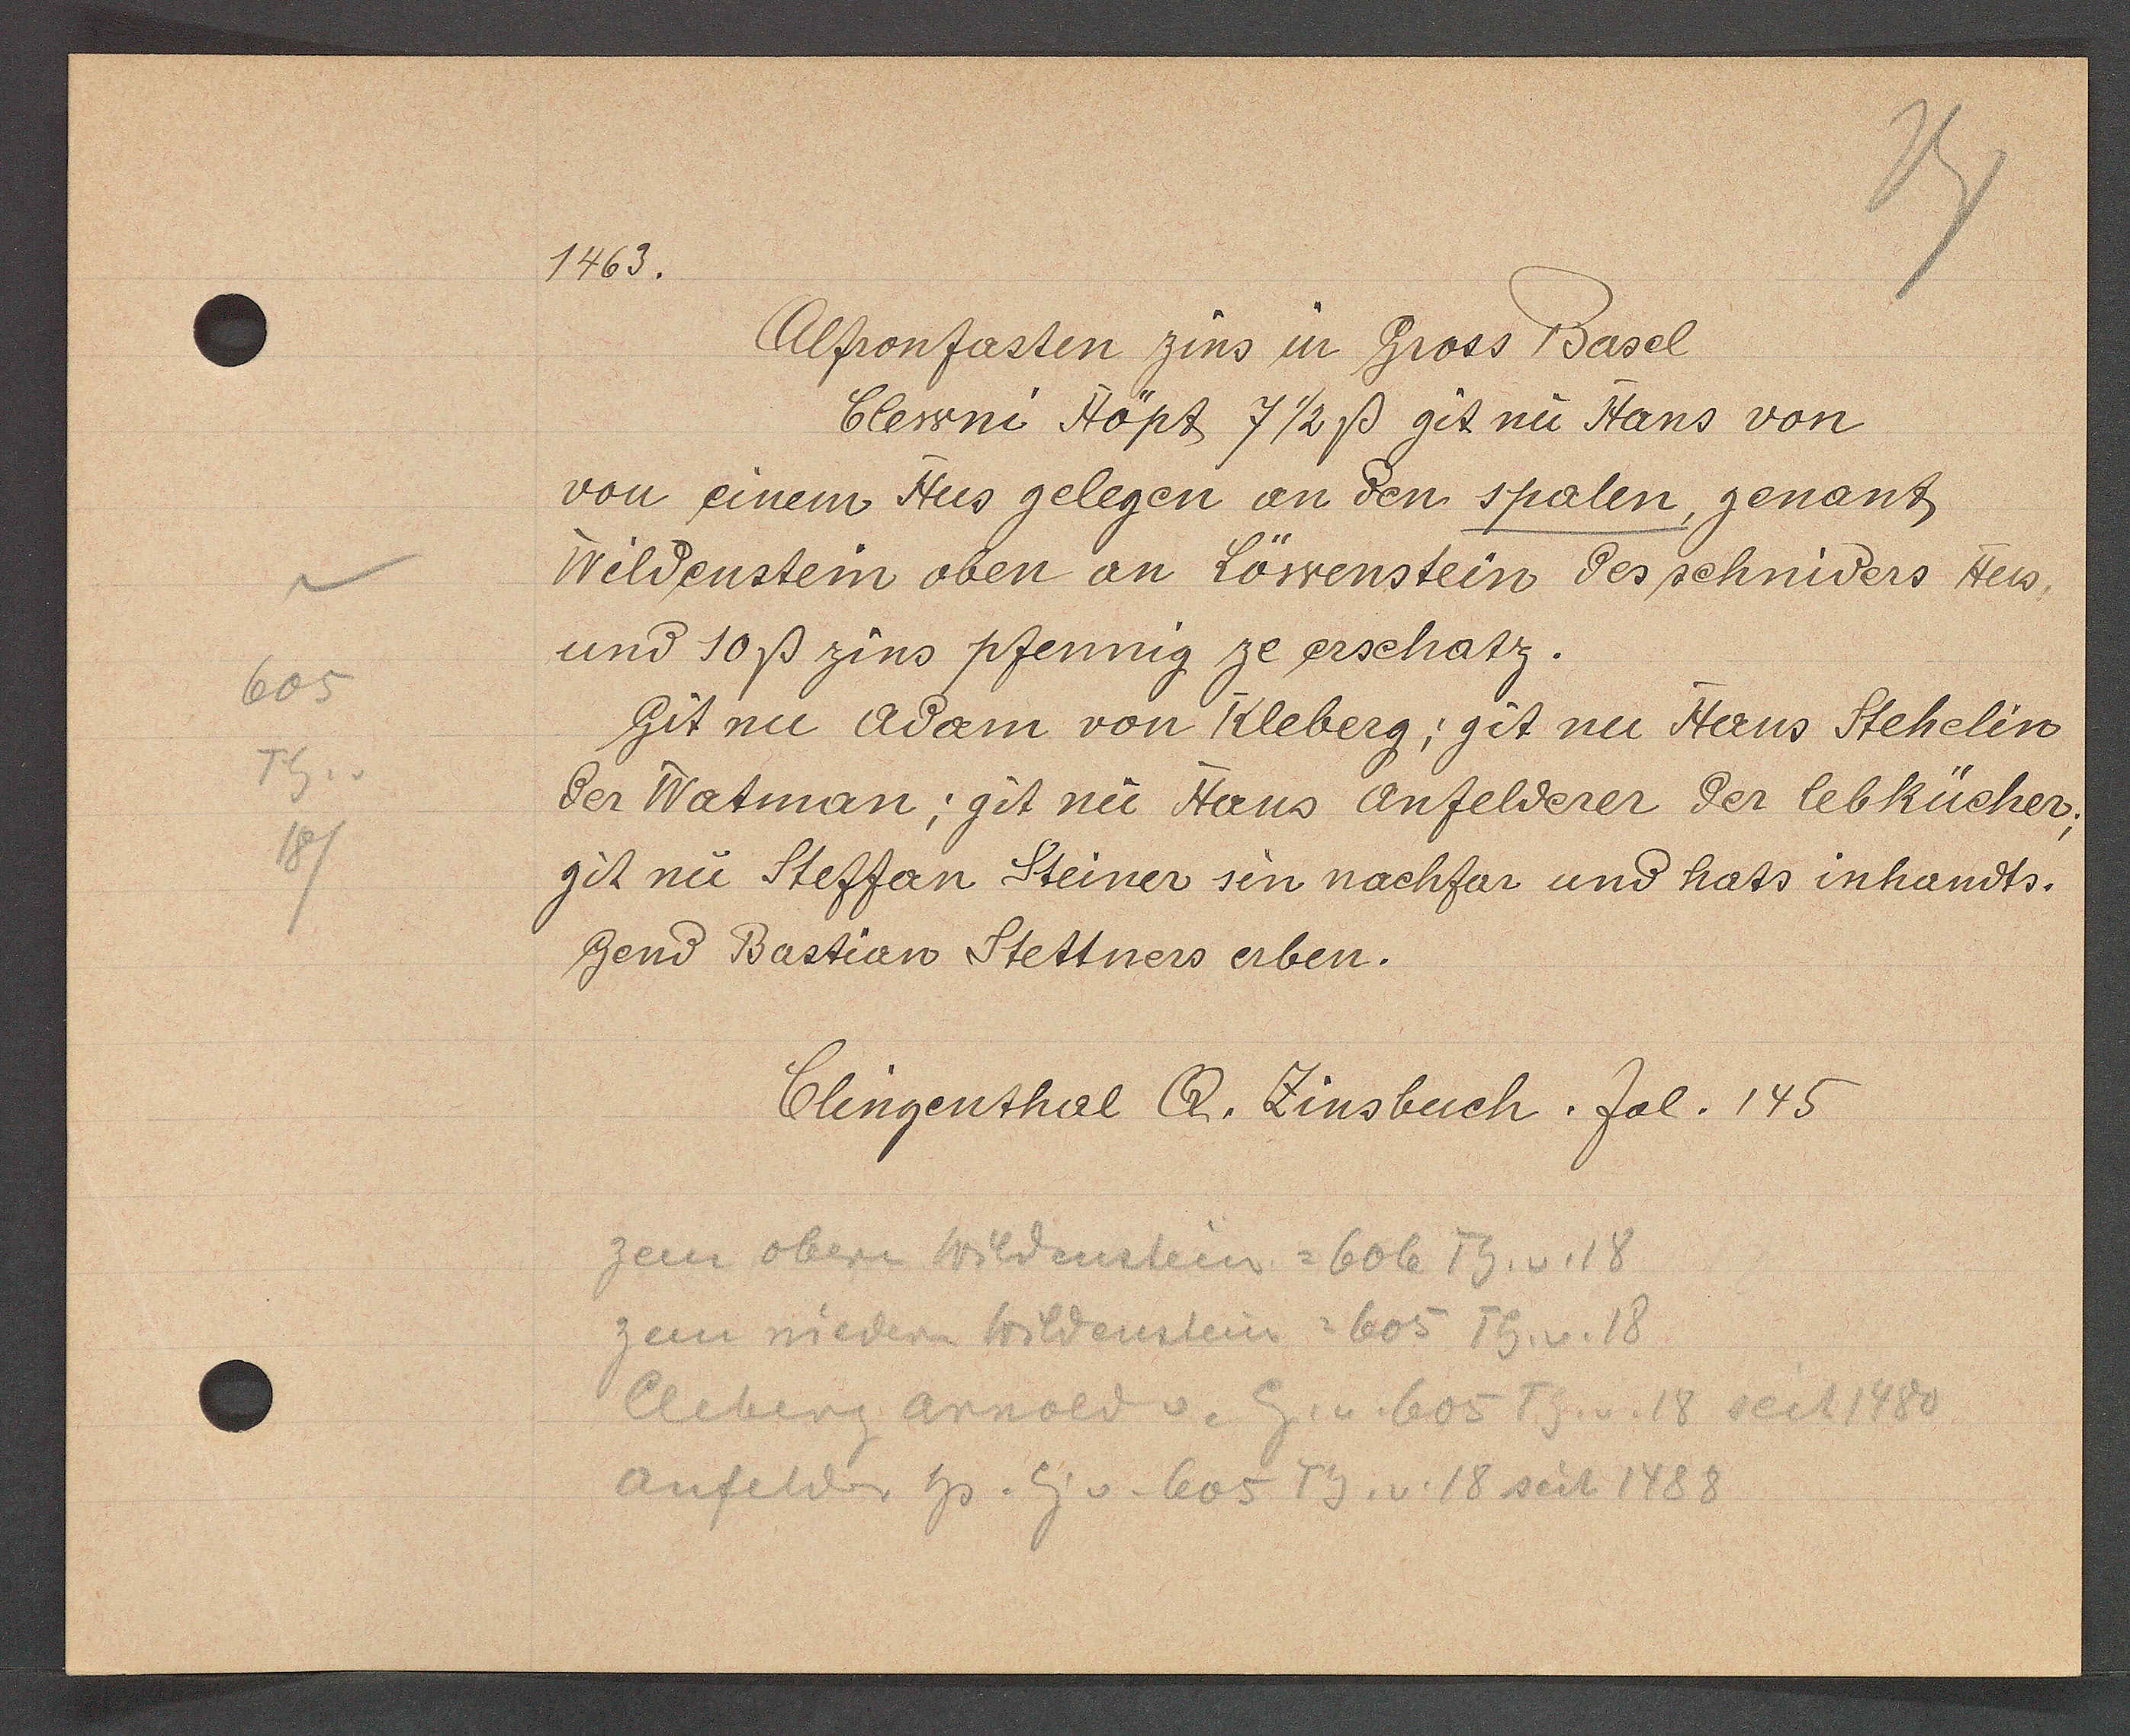
Transcript:
605
Th. v
18/

1463.

Alfronfasten zins in Gross Basel
Clewni Höpt 7 ½ ß git nu Hans von
von einem Hus gelegen an den spalen, genant
Wildenstein oben an Löwenstein des schniders Hus
und 10ß zins pfennig ze erschatz.
Git nu Adam von Kleberg: git nu Hans Stehelin
der Watman, git nu Hans anfelderer der lebkücher;
git nu Steffan Steiner sin nachfar und hats inhandts.
Gend Bastian Stettners erben.

Clingenthal Q. Zinsbuch. fol. 145

zem obern Wildenstein = 606 Th. v. 18
zem niedern Wildenstein = 605 Th. v. 18
Cleberg Arnold v. Eig. v. 605 Th. v. 18 seit 1480
Anfelder hs. Eig v. 605 Th. v. 18 seit 1488